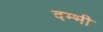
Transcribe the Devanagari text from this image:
दम्भी